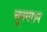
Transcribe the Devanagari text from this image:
चूनगरान